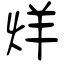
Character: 烊